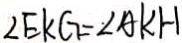
\angle E K G = \angle A K H